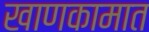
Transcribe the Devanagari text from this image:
खाणकामात